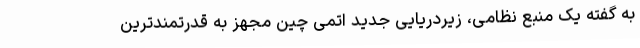
به گفته یک منبع نظامی، زیردریایی جدید اتمی چین مجهز به قدرتمندترین